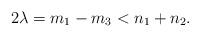
LaTeX: \begin{align*}2\lambda=m_1-m_3< n_1+n_2.\end{align*}